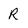
Character: R